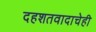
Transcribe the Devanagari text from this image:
दहशतवादाचेही